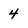
Character: 4